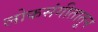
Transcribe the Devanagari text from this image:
लोकसंगीतातून